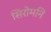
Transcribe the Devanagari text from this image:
सिरोमनि